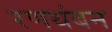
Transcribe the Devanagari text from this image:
रणथंबन